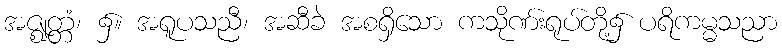
အဇ္ဈတ္တံ၊ ၌။ အရူပသညီ၊ အဆီခဲ အစရှိသော ကသိုဏ်းရုပ်တို့၌ ပရိကမ္မသညာ